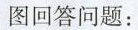
图回答问题：